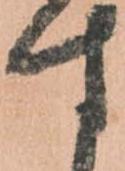
す